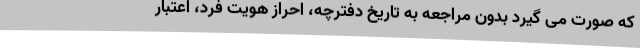
که صورت می گیرد بدون مراجعه به تاریخ دفترچه، احراز هویت فرد، اعتبار